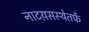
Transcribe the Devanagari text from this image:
नाटय़सस्थेतर्फे